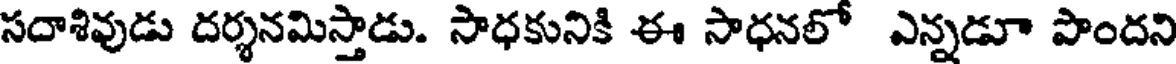
సదాశివుడు దర్శనమిస్తాడు. సాధకునికి ఈ సాధనలో ఎన్నడూ పొందని